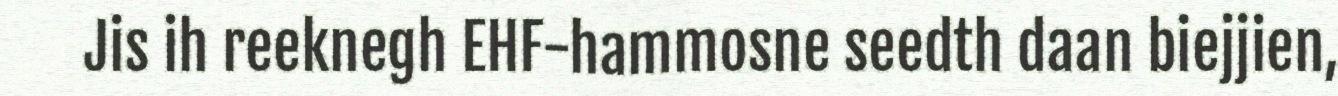
Jis ih reeknegh EHF-hammosne seedth daan biejjien,